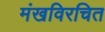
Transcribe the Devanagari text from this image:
मंखविरचित